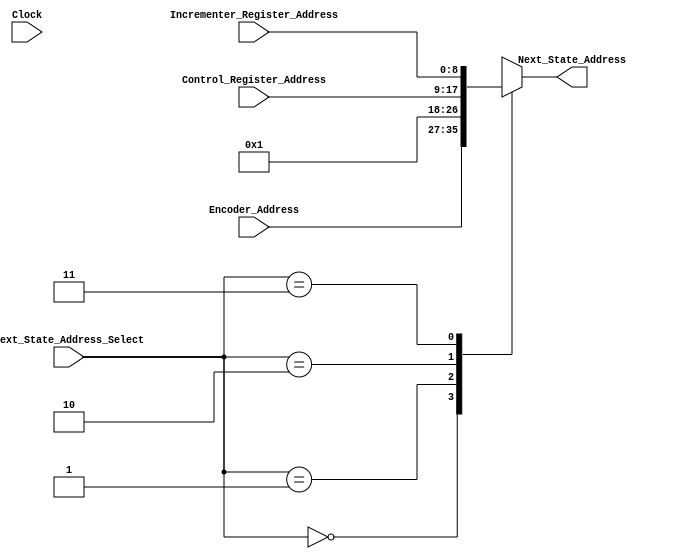
/* Written by Misael Valentin Feliciano
Date last edited: 5/9/2018
Description: This is the Next State Address Multiplexer. It chooses one among several next state adddress
sources to pass the address provided by that source to the Microstore.
The source of these addresses may be: an Encoder, an Incrementer Register, and a Control Register.
The selection is determined by the Next State Address Selector.
*/
module Next_State_Address_MUX (
								output reg [8:0] Next_State_Address,
								input [8:0] Encoder_Address,
								input [8:0] Incrementer_Register_Address,
								input [8:0] Control_Register_Address,
								input [1:0] Next_State_Address_Select,
								input Clock
								);
	always @*
		begin
		//$display("%t Next_State_Address_Select: %b", $time, Next_State_Address_Select);
		case (Next_State_Address_Select)
			2'b00:
				begin
				//$display("%t Next_State_Address generated from Encoder: %d", $time, Encoder_Address);
				Next_State_Address = Encoder_Address;
				end
			2'b01:
				begin
				//$display("%t Fetching next Instruction", $time);
				Next_State_Address = 9'd1;	// Fetch State
				end
			2'b10:
				begin
				//$display("%t Next_State_Address generated from Control_Register: %d", $time, Control_Register_Address);
				Next_State_Address = Control_Register_Address;
				end
			2'b11:
				begin
				//$display("%t Next_State_Address generated from Incrementer", $time);
				Next_State_Address = Incrementer_Register_Address;
				end
			default:
				begin
				//$display("%t Invalid Next_State_Address_Select", $time); 
				end
		endcase
		end
endmodule